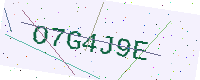
Text: O7G4J9E